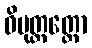
ဝိမုတ္တတ္ထော